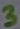
Text: 3